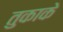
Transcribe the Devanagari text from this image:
तुकाके